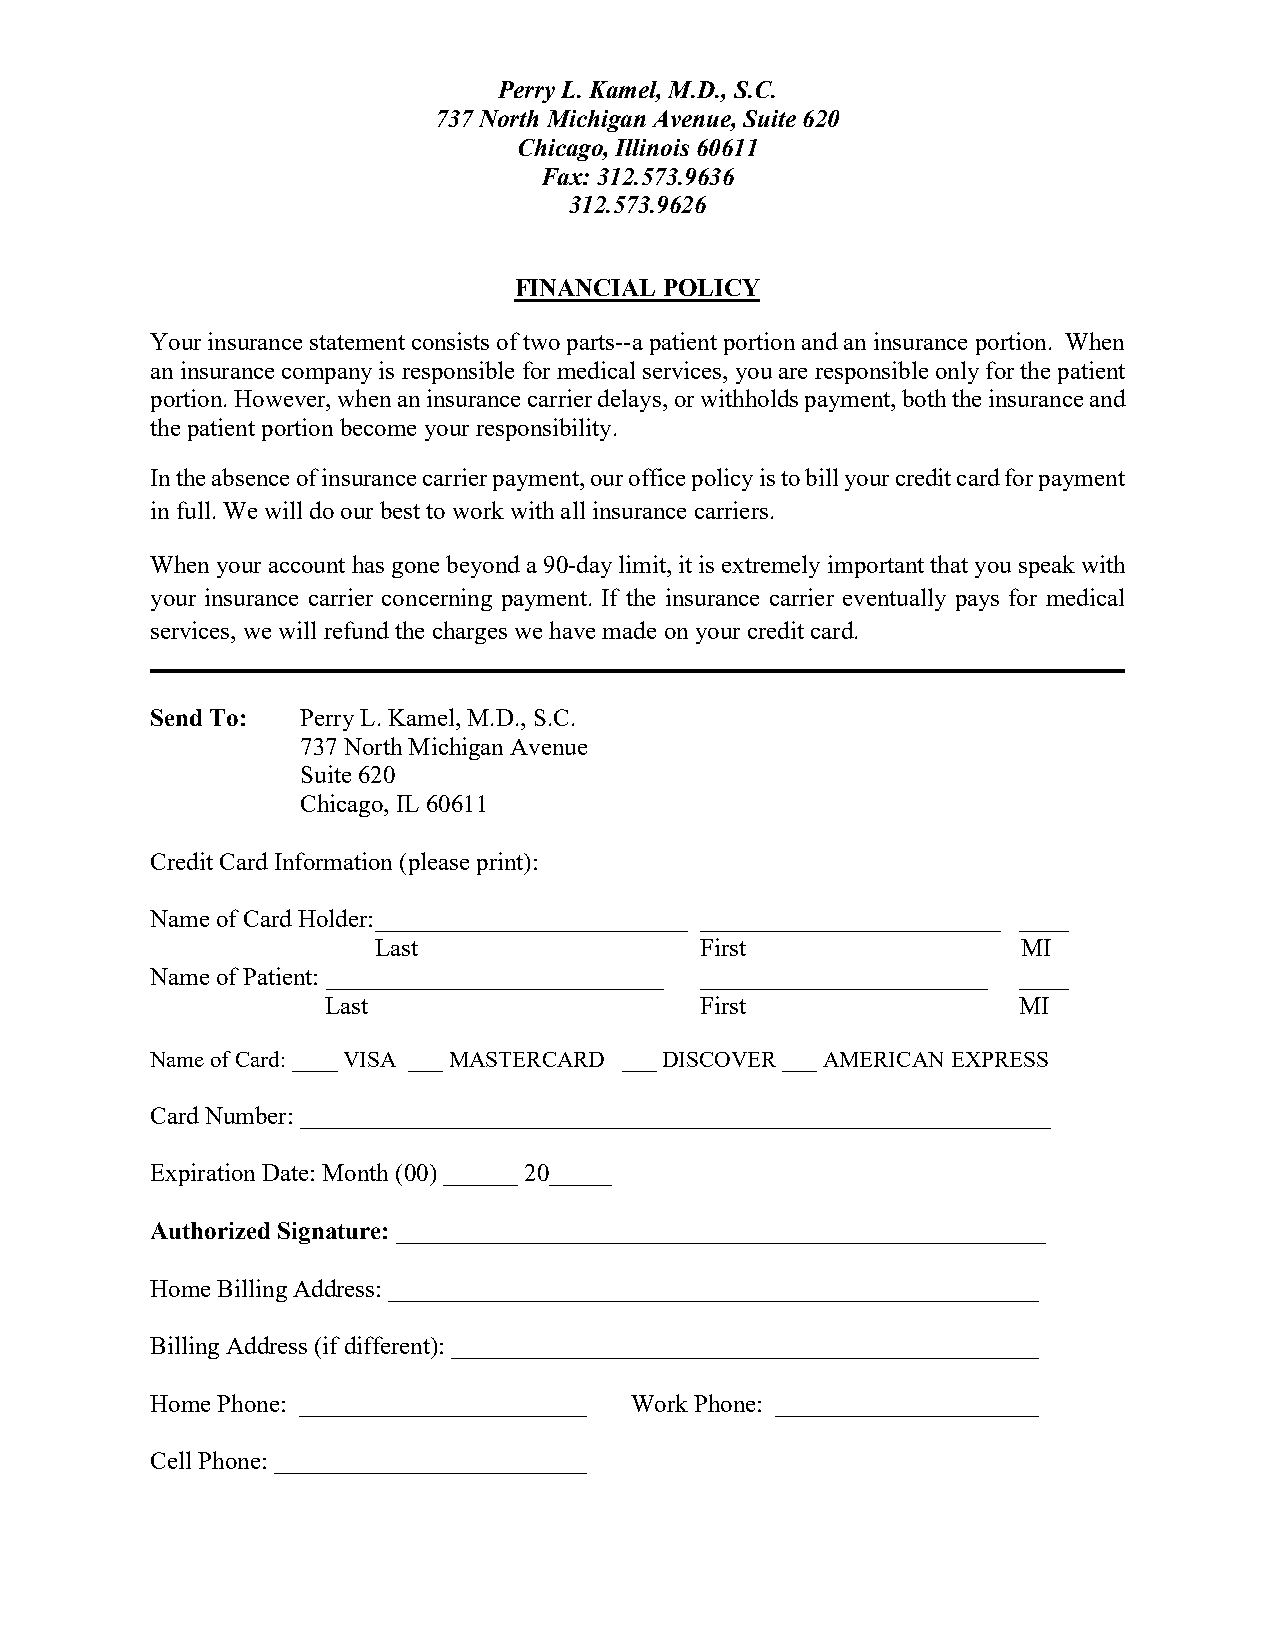
Perry L. Kamel, M.D., S.C.
 737 North Michigan Avenue, Suite 620
 Chicago, Illinois 60611
 Fax: 312.573.9636
 312.573.9626
 FINANCIAL POLICY
 Your insurance statement consists of two parts--a patient portion and an insurance portion. When
 an insurance company is responsible for medical services, you are responsible only for the patient
 portion. However, when an insurance carrier delays, or withholds payment, both the insurance and
 the patient portion become your responsibility.
 In the absence of insurance carrier payment, our office policy is to bill your credit card for payment
 in full. We will do our best to work with all insurance carriers.
 When your account has gone beyond a 90-day limit, it is extremely important that you speak with
 your insurance carrier concerning payment. If the insurance carrier eventually pays for medical
 services, we will refund the charges we have made on your credit card.
 Send To:  Perry L. Kamel, M.D., S.C.
 737 North Michigan Avenue
 Suite 620
 Chicago, IL 60611
 Credit Card Information (please print):
 Name of Card Holder: _________________________ ________________________ ____
 Last                 First                 MI
 Name of Patient: ___________________________ _______________________ ____
 Last                    First                MI
 Name of Card: ____ VISA ___ MASTERCARD ___ DISCOVER ___ AMERICAN EXPRESS
 Card Number: ____________________________________________________________
 Expiration Date: Month (00) ______ 20_____
 Authorized Signature: ____________________________________________________
 Home Billing Address: ____________________________________________________
 Billing Address (if different): _______________________________________________
 Home Phone: _______________________ Work Phone: _____________________
 Cell Phone: _________________________